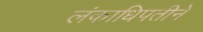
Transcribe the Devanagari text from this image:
लंकाधिपतीने